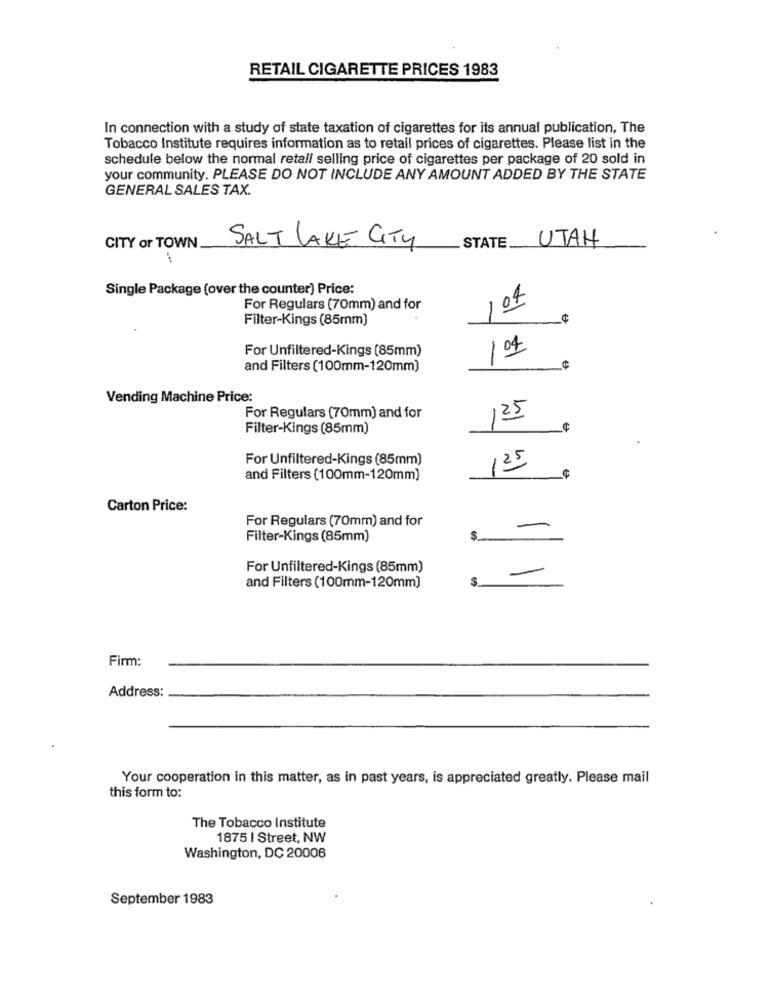
RETAIL CIGARETTE PRICES 1983
In connection with a study of state taxation of cigarettes for its annual publication, The
Tobacco Institute requires information as to retail prices of cigarettes. Please list in the
schedule below the normal retail selling price of cigarettes per package of 20 sold in
your community. PLEASE DO NOT INCLUDE ANY AMOUNT ADDED BY THE STATE
GENERAL SALES TAX.
UTAH
CITY or TOWN.
SALT LAKE CITY
STATE.
Single Package (over the counter) Price:
For Regulars (70mm) and for
104
Filter-Kings (85mm)
¢
For Unfiltered-Kings (85mm)
1 04
and Filters (100mm-120mm)
Vending Machine Price:
For Regulars (70mm) and for
125
Filter-Kings (85mm]
For Unfiltered-Kings (85mm)
125
and Filters (100mm-120mm)
Carton Price:
For Regulars (70mm) and for
Filter-Kings (85mm)
$_
For Unfiltered-Kings (85mm)
and Filters (100mm-120mm]
Firm:
Address:
Your cooperation in this matter, as in past years, is appreciated greatly. Please mail
this form to:
The Tobacco Institute
1875 | Street, NW
Washington, DC 20006
September 1983